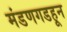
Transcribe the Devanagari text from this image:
मंडणगडहून